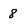
Character: 8